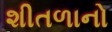
શીતળાનો